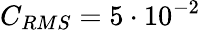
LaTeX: C_{RMS}=5\cdot 10^{-2}